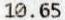
10.65